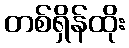
တစ်ရှိန်ထိုး